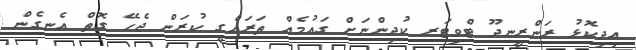
އިދިކޮޅު ރަންރީނދޫ ޓްވިޓަރ ކުދިންނަށް ގައުމެއް ތަރައްގީ ކުރަން ޖެހޭ ގޮތް އެނގެން